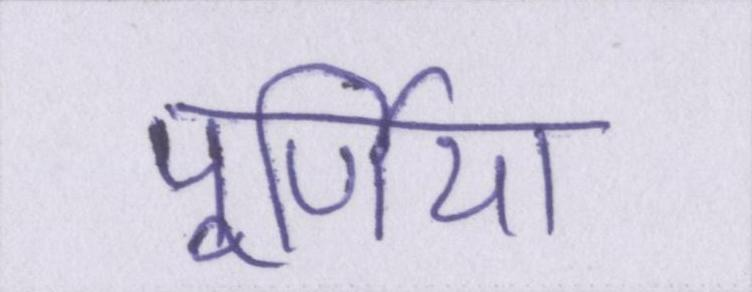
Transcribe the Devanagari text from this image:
पूर्णिया